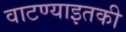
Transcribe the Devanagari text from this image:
वाटण्याइतकी